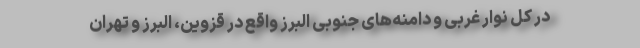
در کل نوار غربی و دامنه‌های جنوبی البرز واقع در قزوین، البرز و تهران